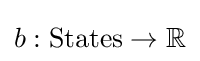
b:{\text{States}}\to \mathbb {R}